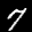
Label: 7